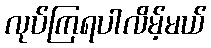
လုပ်ကြရပါလိမ့်မယ်